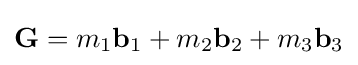
\mathbf {G} =m_{1}\mathbf {b} _{1}+m_{2}\mathbf {b} _{2}+m_{3}\mathbf {b} _{3}